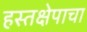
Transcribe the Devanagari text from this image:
हस्तक्षेपाचा